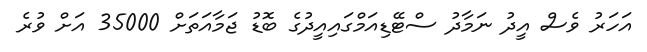
އަހަރު ވެސް އީދު ނަމާދު ސްޓޭޑިއަމްގައިއީދުގެ ބޮޑު ޖަމާއަތަށް 35000 އަށް ވުރެ